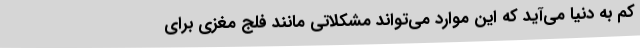
کم به دنیا می‌آید که این موارد می‌تواند مشکلاتی مانند فلج مغزی برای